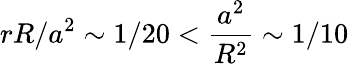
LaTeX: rR/a^{2}\sim 1/20<\frac{a^{2}}{R^{2}}\sim 1/10